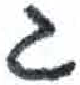
אות: ג